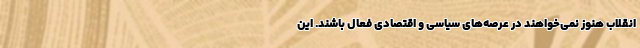
انقلاب هنوز نمی‌خواهند در عرصه‌های سیاسی و اقتصادی فعال باشند. این